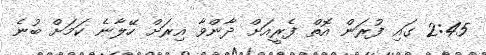
2:45 ގައި ފުރަން އޮތް ފެރީއަށް ދާންވާ އިރަށް ހޭލާނެ ކަމަށް ބުނެ